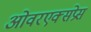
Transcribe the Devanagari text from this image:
ओवरएक्सप्रेस